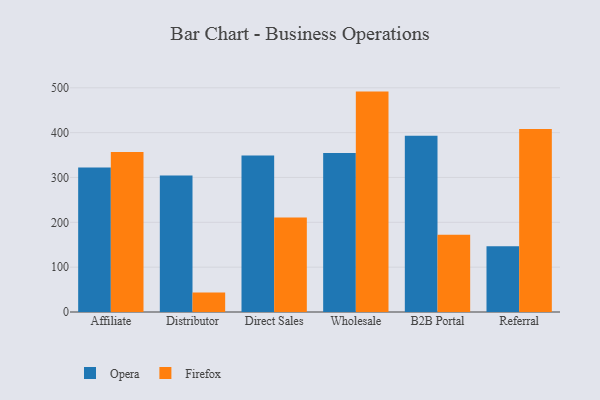
{"axis": {"x": "Channel", "y": "Active Users"}, "legend": ["Firefox", "Opera"], "data": [{"x": "Affiliate", "y": 322.0, "type": "Opera"}, {"x": "Affiliate", "y": 356.6, "type": "Firefox"}, {"x": "Distributor", "y": 304.6, "type": "Opera"}, {"x": "Distributor", "y": 43.3, "type": "Firefox"}, {"x": "Direct Sales", "y": 348.8, "type": "Opera"}, {"x": "Direct Sales", "y": 210.6, "type": "Firefox"}, {"x": "Wholesale", "y": 354.3, "type": "Opera"}, {"x": "Wholesale", "y": 491.5, "type": "Firefox"}, {"x": "B2B Portal", "y": 392.8, "type": "Opera"}, {"x": "B2B Portal", "y": 172.4, "type": "Firefox"}, {"x": "Referral", "y": 146.7, "type": "Opera"}, {"x": "Referral", "y": 408.2, "type": "Firefox"}]}